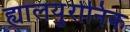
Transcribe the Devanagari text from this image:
ह्यालयुरोनिक